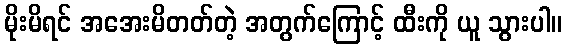
မိုးမိရင် အအေးမိတတ်တဲ့ အတွက်ကြောင့် ထီးကို ယူ သွားပါ။